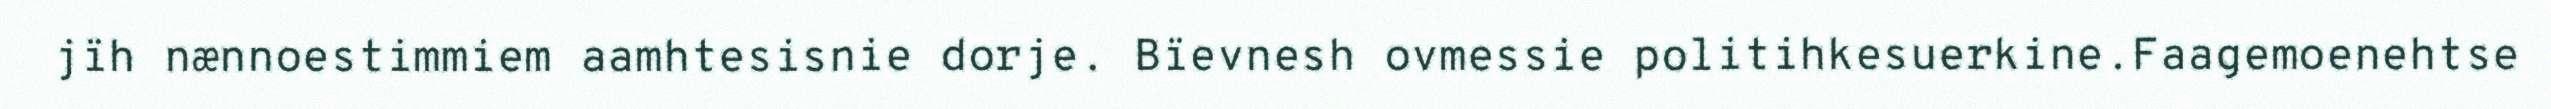
jïh nænnoestimmiem aamhtesisnie dorje. Bïevnesh ovmessie politihkesuerkine.Faagemoenehtse